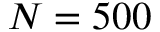
N = 5 0 0